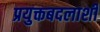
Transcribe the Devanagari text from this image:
प्रयुक्तबदलाशी